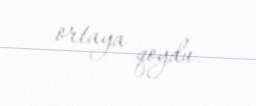
ortaya qoydu.